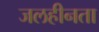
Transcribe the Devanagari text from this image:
जलहीनता